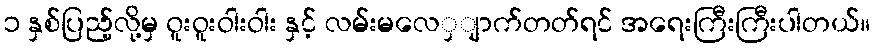
၁ နှစ်ပြည့်လို့မှ ၀ူးဝူးဝါးဝါး နှင့် လမ်းမလေှျာက်တတ်ရင် အရေးကြီးကြီးပါတယ်။